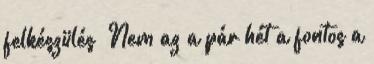
felkészülés „Nem az a pár hét a fontos a